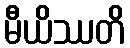
မီယိဿတိ